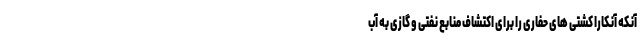
آنکه آنکارا کشتی های حفاری را برای اکتشاف منابع نفتی و گازی به آب